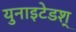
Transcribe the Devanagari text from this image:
युनाइटेडश्